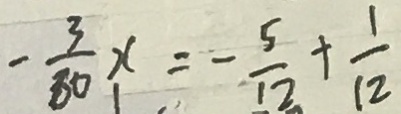
- \frac { 3 } { 8 0 } x = - \frac { 5 } { 1 2 } + \frac { 1 } { 1 2 }